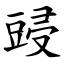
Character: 䜷